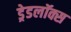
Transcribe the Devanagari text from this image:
ड्रेडलॉक्स